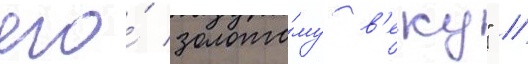
его́ золото́му в'еку" /